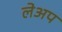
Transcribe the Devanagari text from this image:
लेअप